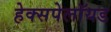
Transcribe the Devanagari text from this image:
हेक्सपेलॉयड